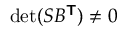
\operatorname* { d e t } ( S B ^ { \boldsymbol { \mathsf { T } } } ) \neq 0